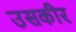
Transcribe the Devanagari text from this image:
उसकीर